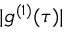
| g ^ { ( 1 ) } ( \tau ) |